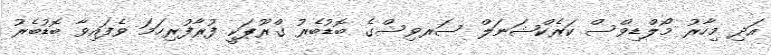
އަދި މިހާރު މޯލްޑިވްސް ކަރެކްޝަނަލް ސަރވިސްގެ ބޮޑުބެރު ގްރޫޕަކީ ފުރާފުރިހަމަ ވެފައިވާ ބޮޑުބެރު